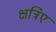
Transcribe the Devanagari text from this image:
क्षत्रिए